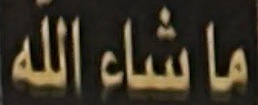
ما شاء الله